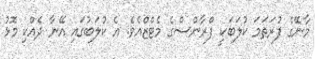
މާނޭގެ ފުރަތަމަ ކުލަބަކީ ފްރާންސްގެ މެޓްޒްއެވެ. އެ ކުލަބުގައި އޭނާ ދެއްކި މޮޅު